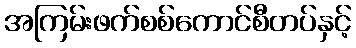
အကြမ်းဖက်စစ်ကောင်စီတပ်နှင့်